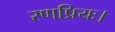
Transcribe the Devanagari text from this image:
रणप्रियः।